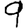
Digit: 9